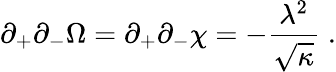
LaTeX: \partial_{+}\partial_{-}\Omega=\partial_{+}\partial_{-}\chi=-\frac{\lambda^{2}}{\sqrt{\kappa}}\; .